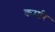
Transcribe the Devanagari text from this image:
कर्मार